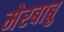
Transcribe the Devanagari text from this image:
मेरबाबु